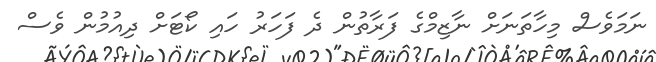
ނަމަވެސް މިހާތަނަށް ނާޒިމްގެ ފަރާތުން ދެ ފަހަރު ހައި ކޯޓަށް ދިއުމުން ވެސް